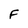
Character: F